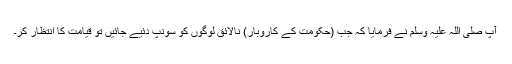
آپ صلی اللہ علیہ وسلم نے فرمایا کہ جب (حکومت کے کاروبار) نالائق لوگوں کو سونپ دئیے جائیں تو قیامت کا انتظار کر۔